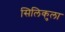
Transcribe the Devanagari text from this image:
सिलिकुला